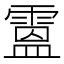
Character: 𩄅